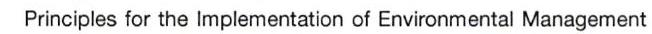
Principles for the Implementation of Environmental Management